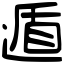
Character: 遁